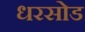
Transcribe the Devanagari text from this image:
धरसोड